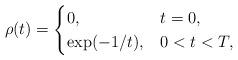
LaTeX: \begin{align*}\rho(t)=\begin{cases}0, & t=0,\\\exp(-1/t), & 0<t<T,\end{cases}\end{align*}